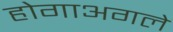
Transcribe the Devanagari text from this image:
होगाअगले